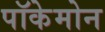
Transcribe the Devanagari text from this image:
पॉकेमोन